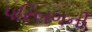
પરિબળની